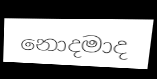
නොදමාද